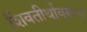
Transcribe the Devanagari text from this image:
शिवतीर्थावरून